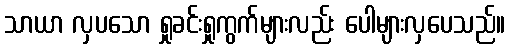
သာယာ လှပသော ရှုခင်းရှုကွက်များလည်း ပေါများလှပေသည်။